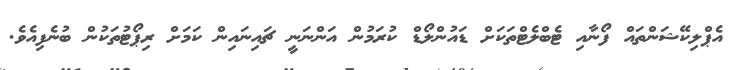
އެޕްލިކޭޝަންތައް ފޯނާއި ޓެބްލެޓްތަކަށް ޑައުންލޯޑް ކުރަމުން އަންނަނީ ޗައިނައިން ކަމަށް ރިޕޯޓުތަކުން ބުނެފިއެވެ.